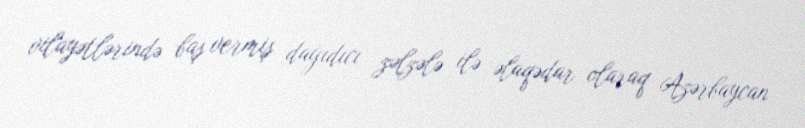
vilayətlərində baş vermiş dağıdıcı zəlzələ ilə əlaqədar olaraq Azərbaycan